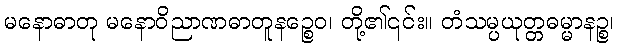
မနောဓာတု မနောဝိညာဏဓာတူနဉ္စေဝ၊ တို့၏၎င်း။ တံသမ္ပယုတ္တဓမ္မာနဉ္စ၊